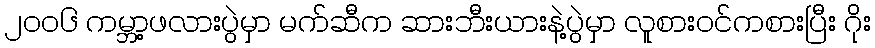
၂ဝဝ၆ ကမ္ဘာ့ဖလားပွဲမှာ မက်ဆီက ဆားဘီးယားနဲ့ပွဲမှာ လူစားဝင်ကစားပြီး ဂိုး